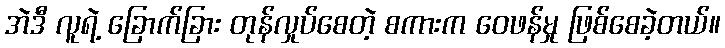
အဲဒီ လူရဲ့ ခြောက်ခြား တုန်လှုပ်စေတဲ့ စကားက ဝေဖန်မှု ဖြစ်စေခဲ့တယ်။